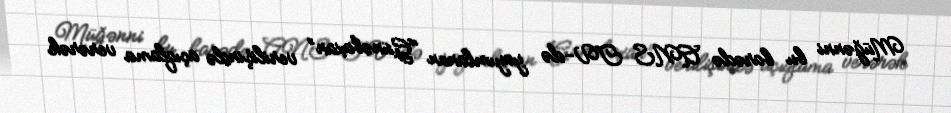
Müğənni bu barədə ANS TV-də yayımlanan “Günəbaxan” verilişində açıqlama verərək